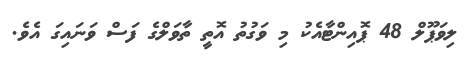
ލިވަޕޫލް 48 ޕޮއިންޓާއެކު މި ވަގުތު އޮތީ ތާވަލްގެ ފަސް ވަނައިގަ އެވެ.